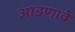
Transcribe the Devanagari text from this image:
आडणावे